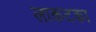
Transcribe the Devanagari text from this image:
लाकटका